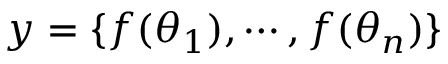
\boldsymbol { y } = \{ f ( \boldsymbol { \theta } _ { 1 } ) , \cdots , f ( \boldsymbol { \theta } _ { n } ) \}